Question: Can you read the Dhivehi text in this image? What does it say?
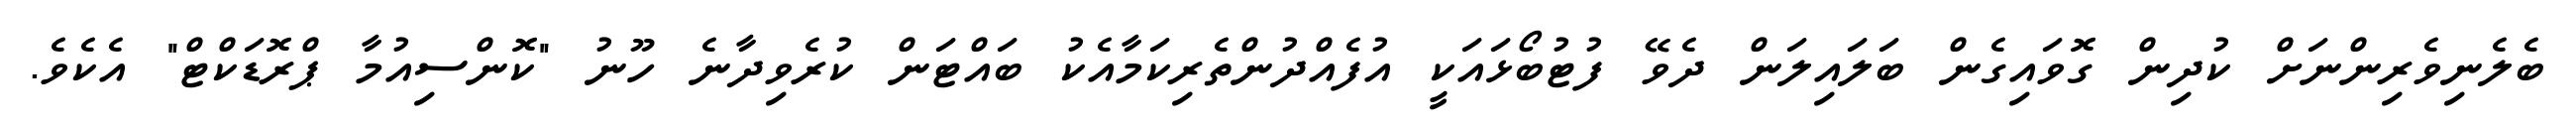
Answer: ބެލެނިވެރިންނަށް ކުދިން ގޮވައިގެން ބަލައިލަން ދެވޭ ފުޓުބޯޅައަކީ އުފެއްދުންތެރިކަމާއެކު ބައްޓަން ކުރެވިދާނެ ހޫނު "ކޮންސިއުމާ ޕްރޮޑަކްޓް" އެކެވެ.